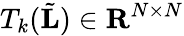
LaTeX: T_{k}(\tilde{\mathbf{L}})\in\mathbf{R}^{N\times N}